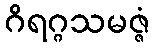
ဂိရဂ္ဂသမဇ္ဇံ